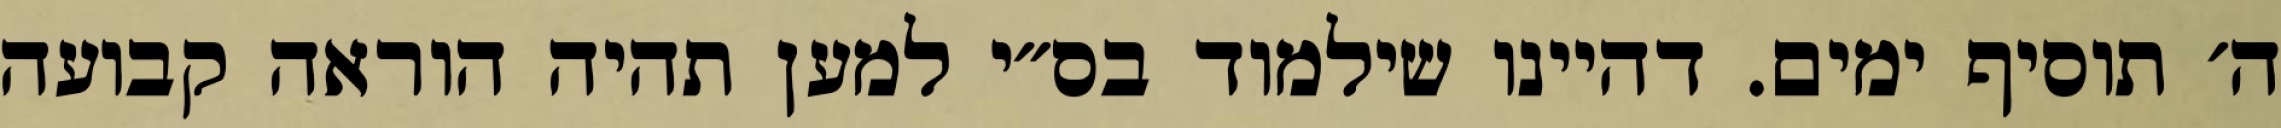
ה׳ תוסיף ימים. דהיינו שילמוד בס״י למען תהיה הוראה קבועה